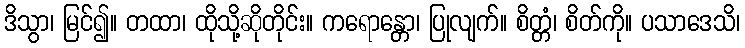
ဒိသွာ၊ မြင်၍။ တထာ၊ ထိုသို့ဆိုတိုင်း။ ကရောန္တော၊ ပြုလျက်။ စိတ္တံ၊ စိတ်ကို။ ပသာဒေသိ၊